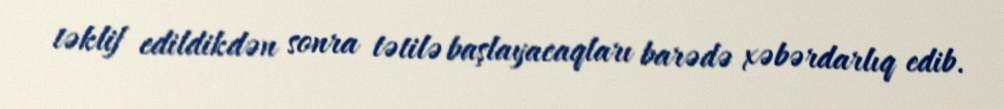
təklif edildikdən sonra tətilə başlayacaqları barədə xəbərdarlıq edib.